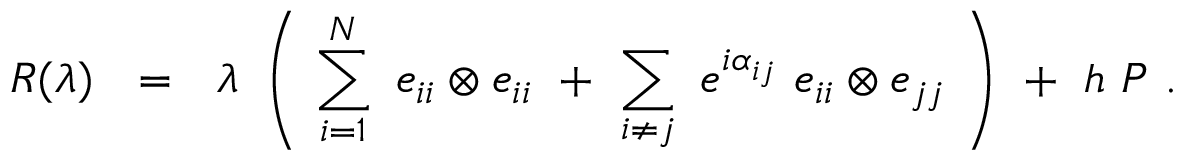
R ( \lambda ) ~ ~ = ~ ~ \lambda ~ \left( ~ \sum _ { i = 1 } ^ { N } ~ e _ { i i } \otimes e _ { i i } ~ + ~ \sum _ { i \neq j } ~ e ^ { i \alpha _ { i j } } ~ e _ { i i } \otimes e _ { j j } ~ \right) ~ + ~ h ~ { \cal P } ~ .